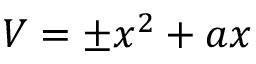
V = \pm x ^ { 2 } + a x